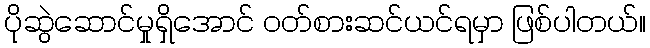
ပိုဆွဲဆောင်မှုရှိအောင် ဝတ်စားဆင်ယင်ရမှာ ဖြစ်ပါတယ်။